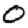
Digit: 0